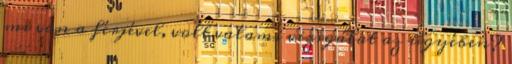
mi van a férjével, volt valami vizsgálat az ügyében?